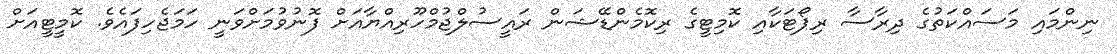
ނިންމައި މަސައްކަތުގެ ދިރާސާ ރިޕޯޓަކާއި ކޮމިޓީގެ ރިކޮމެންޑޭޝަން ރައީސުލްޖުމްހޫރިއްޔާއަށް ފޮނުވުމަށްވަނީ ހަމަޖެހިފައެވެ. ކޮމީޓީއަށް